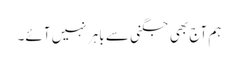
ہم آج بھی جگنی سے باہر نہیں آئے۔